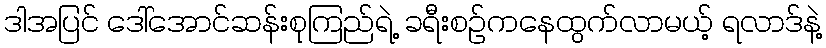
ဒါအပြင် ဒေါ်အောင်ဆန်းစုကြည်ရဲ့ ခရီးစဉ်ကနေထွက်လာမယ့် ရလာဒ်နဲ့